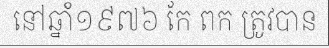
នៅឆ្នាំ១៩៧៦ កែ ពក ត្រូវបាន